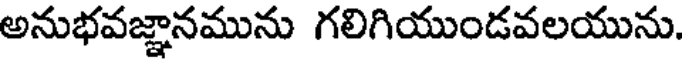
అనుభవజ్ఞానమును గలిగియుండవలయును.